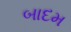
બાદમ